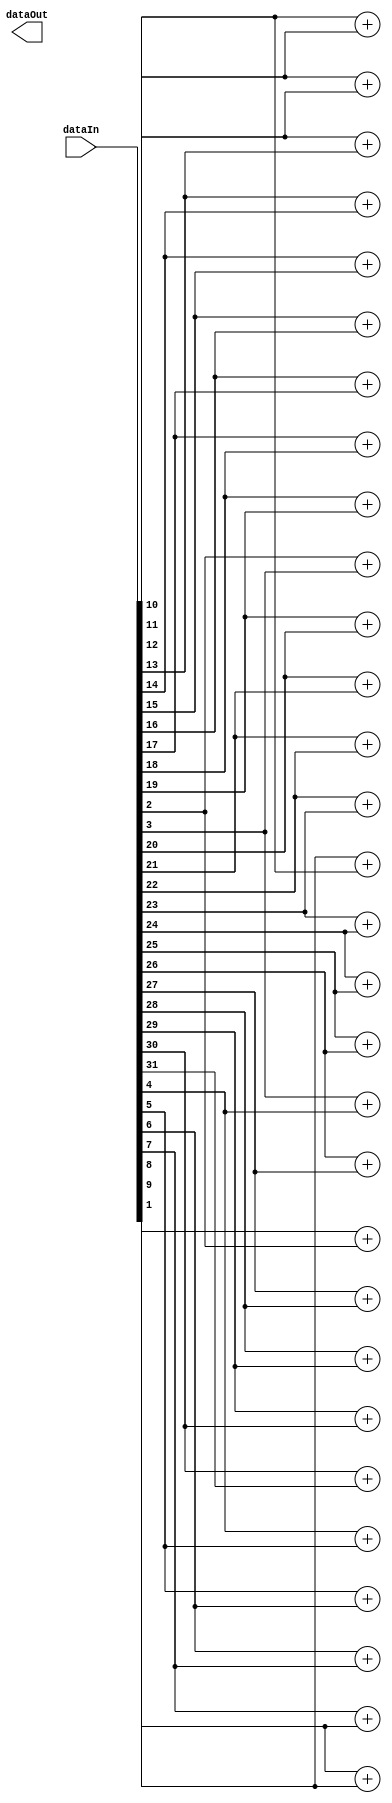
module pufInputNetwork	#(parameter Width = 32)
								(input wire [Width-1:0] dataIn,
								output wire [Width-1:0] dataOut);
	parameter N = Width;
	wire [Width:1] os_dataIn;
	wire [Width:1] os_dataOut;
	assign os_dataIn[Width:1] = dataIn[Width-1:0];
	assign dataOut[Width-1:0] = os_dataOut[Width:1];
	assign os_dataOut[(Width+2)/2]  = os_dataIn[1];
	genvar i;
	generate
		for (i = 2; i < N; i=i+1) begin:m
			if(i%2 != 0) begin
				assign os_dataOut[(i+1)/2] = os_dataIn[i] + os_dataIn[i+1];
			end
			else begin
				assign os_dataOut[(N+i+2)/2] = os_dataIn[i] + os_dataIn[i+1];
			end
		end
	endgenerate
endmodule